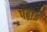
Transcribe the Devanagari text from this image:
पढ़ाइ